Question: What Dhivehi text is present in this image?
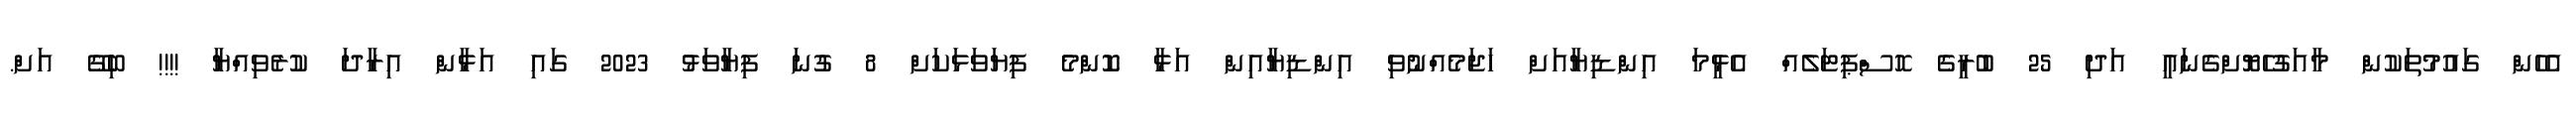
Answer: އެހެން ގައުމުތަކުން މާއަގުހެޔޮށްގެނައީ އަދި 25 ބުރީގެ ހޮސްޕިޓަލެއް އެޅީމަ އިންޑިޔާއަށް ހަޖަމެއްނުވި އިންޑިޔާއިން އަޅާ ކޮންމެ ފިޔަވަޅަކަށް 8 ގުނަ ފިޔާވަޅު 2023 ގައި އަޅާން އިރާދަ ކުރެވިއްޔާ !!!! ބިގޭ އަށް.